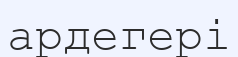
ардегері